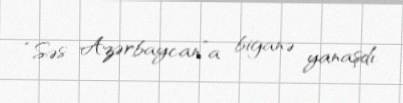
“Səs Azərbaycan”a biganə yanaşdı.